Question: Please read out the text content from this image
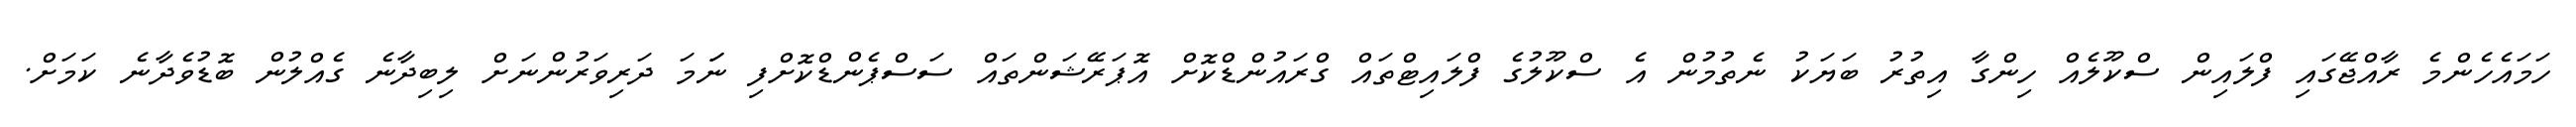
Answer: ހަމައެހެންމެ ރާއްޖޭގައި ފްލައިން ސްކޫލެއް ހިންގާ އިތުރު ބަޔަކު ނެތުމުން އެ ސްކޫލުގެ ފްލައިޓްތައް ގްރައުންޑްކޮށް އޮޕަރޭޝަންތައް ސަސްޕެންޑްކޮށްފި ނަަމަ ދަރިވަރުންނަށް ލިބިދާނެ ގެއްލުން ބޮޑުވެދާނެ ކަމަށް.